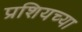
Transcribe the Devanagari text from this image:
प्रशियच्या